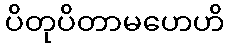
ပိတုပိတာမဟေဟိ